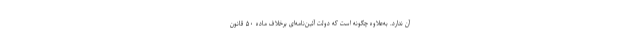
آن ندارد. به‌علاوه چگونه است که دولت آئین‌نامه‌ای برخلاف ماده ۵۰ قانون